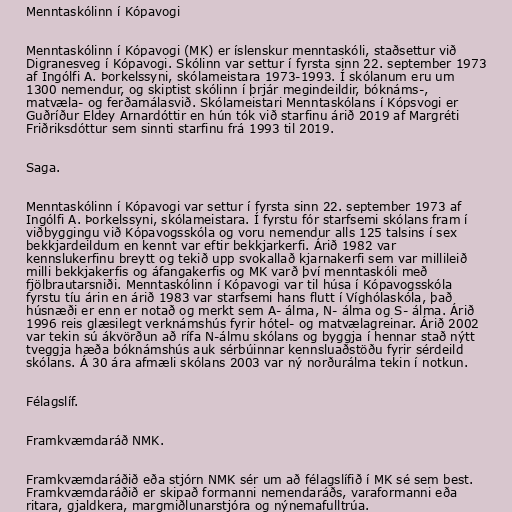
Menntaskólinn í Kópavogi

Menntaskólinn í Kópavogi (MK) er íslenskur menntaskóli, staðsettur við
Digranesveg í Kópavogi. Skólinn var settur í fyrsta sinn 22. september 1973
af Ingólfi A. Þorkelssyni, skólameistara 1973-1993. Í skólanum eru um
1300 nemendur, og skiptist skólinn í þrjár megindeildir, bóknáms-,
matvæla- og ferðamálasvið. Skólameistari Menntaskólans í Kópsvogi er
Guðríður Eldey Arnardóttir en hún tók við starfinu árið 2019 af Margréti
Friðriksdóttur sem sinnti starfinu frá 1993 til 2019.

Saga.

Menntaskólinn í Kópavogi var settur í fyrsta sinn 22. september 1973 af
Ingólfi A. Þorkelssyni, skólameistara. Í fyrstu fór starfsemi skólans fram í
viðbyggingu við Kópavogsskóla og voru nemendur alls 125 talsins í sex
bekkjardeildum en kennt var eftir bekkjarkerfi. Árið 1982 var
kennslukerfinu breytt og tekið upp svokallað kjarnakerfi sem var millileið
milli bekkjakerfis og áfangakerfis og MK varð því menntaskóli með
fjölbrautarsniði. Menntaskólinn í Kópavogi var til húsa í Kópavogsskóla
fyrstu tíu árin en árið 1983 var starfsemi hans flutt í Víghólaskóla, það
húsnæði er enn er notað og merkt sem A- álma, N- álma og S- álma. Árið
1996 reis glæsilegt verknámshús fyrir hótel- og matvælagreinar. Árið 2002
var tekin sú ákvörðun að rífa N-álmu skólans og byggja í hennar stað nýtt
tveggja hæða bóknámshús auk sérbúinnar kennsluaðstöðu fyrir sérdeild
skólans. Á 30 ára afmæli skólans 2003 var ný norðurálma tekin í notkun.

Félagslíf.

Framkvæmdaráð NMK.

Framkvæmdaráðið eða stjórn NMK sér um að félagslífið í MK sé sem best.
Framkvæmdaráðið er skipað formanni nemendaráðs, varaformanni eða
ritara, gjaldkera, margmiðlunarstjóra og nýnemafulltrúa.